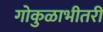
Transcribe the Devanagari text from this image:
गोकुळाभीतरीं